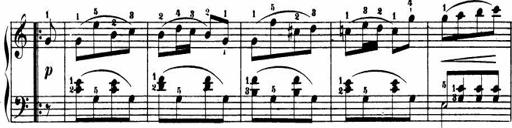
Title: Le bouquetier
Composer: Anton Diabelli
Key: G major
 C major
 F major
 C major